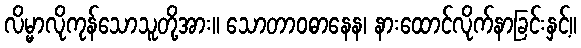
လိမ္မာလိုကုန်သောသူတို့အား။ သောတာဝဓာနေန၊ နားထောင်လိုက်နာခြင်းနှင့်။